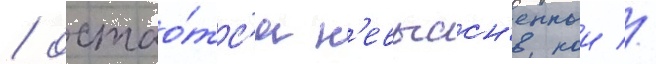
/ остао́тс'я н'евыасн'еннои //